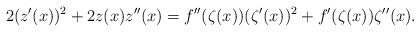
LaTeX: \begin{align*}2(z'(x))^2+2z(x)z''(x)=f''(\zeta(x))(\zeta'(x))^2+f'(\zeta(x))\zeta''(x).\end{align*}